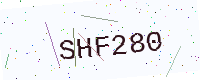
Text: SHF280